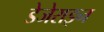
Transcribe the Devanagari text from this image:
डेजेराइन